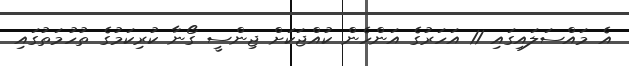
އެ މައްސަލައިގައި 11 އަހަރުގެ އަންހެން ކުއްޖަކަށް ޖިންސީ ގޯނާ ކުރިކަމުގެ ތުހުމަތުގައި